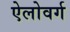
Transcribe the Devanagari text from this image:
ऐलोवर्ग